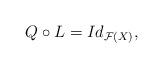
LaTeX: \begin{align*}Q \circ L = Id_{\mathcal{F}(X)},\end{align*}